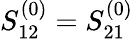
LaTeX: S_{12}^{(0)}=S_{21}^{(0)}